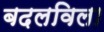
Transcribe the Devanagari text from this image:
बदलविला